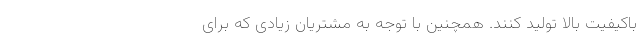
باکیفیت بالا تولید کنند. همچنین با توجه به مشتریان زیادی که برای